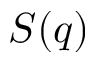
S ( q )